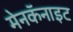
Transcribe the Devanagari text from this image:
मेनकॅनाइट